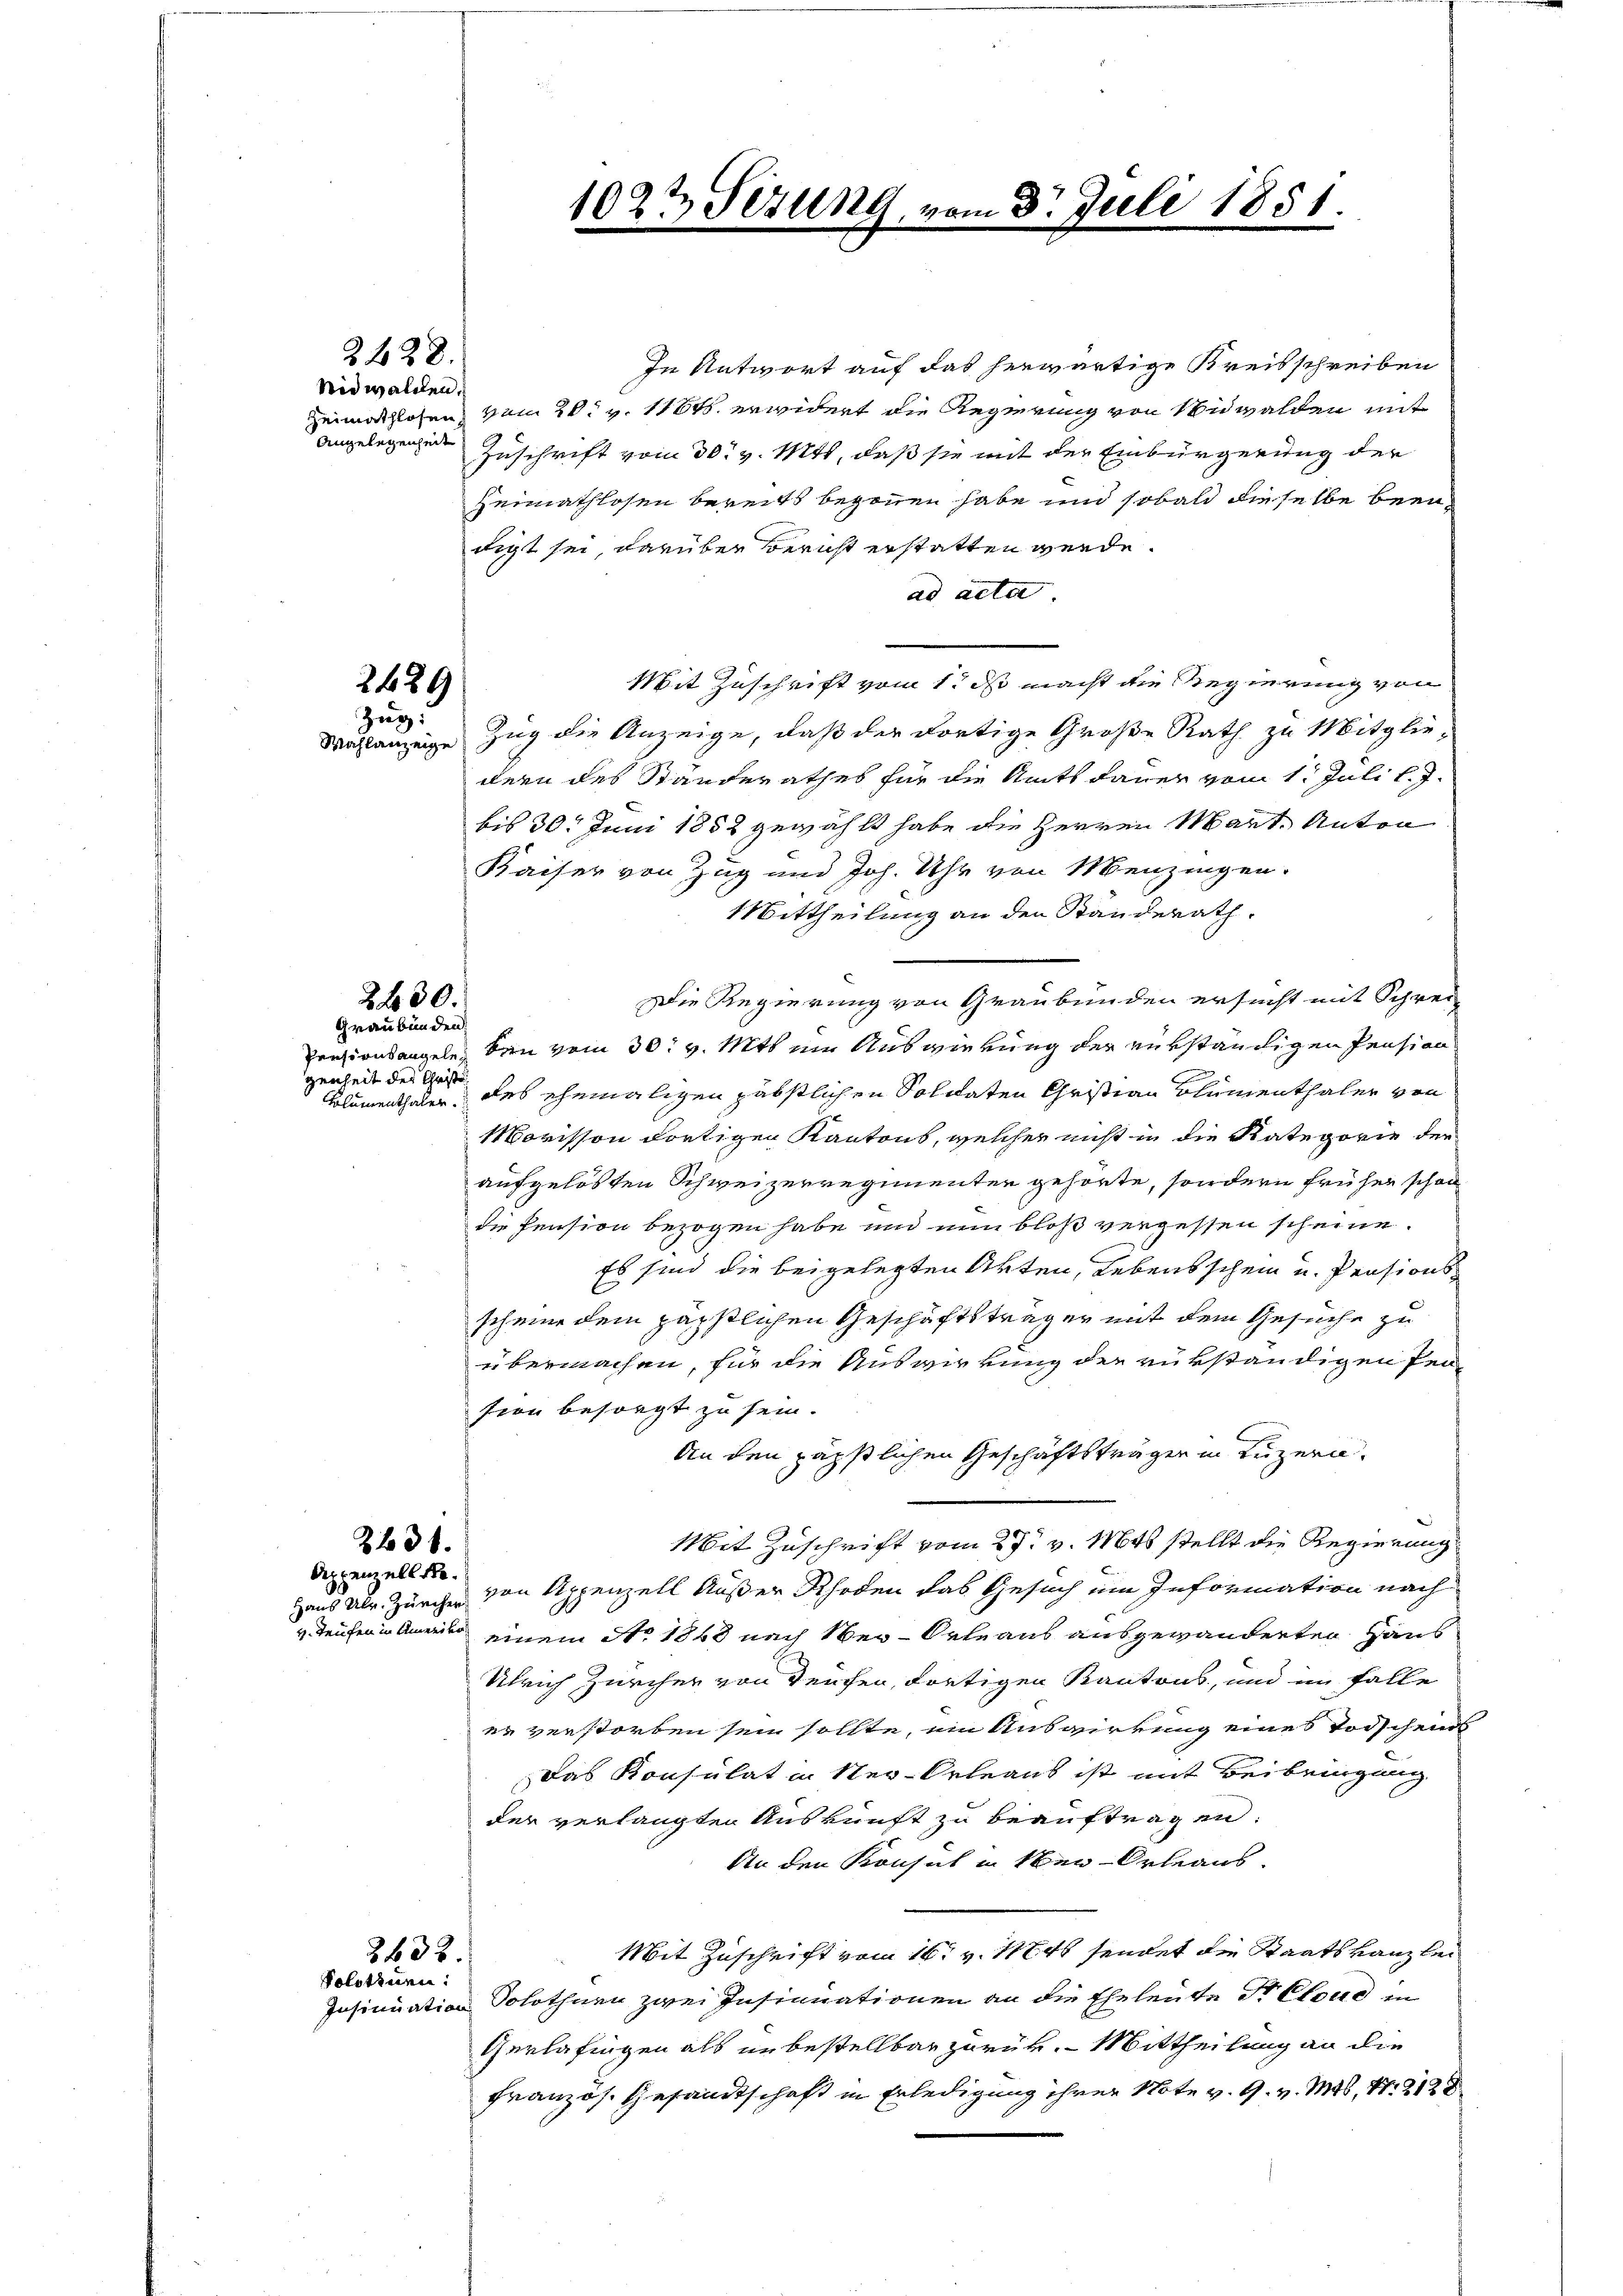
2428.

Nidwalchen,
Heimathlosen,
Angelegenheit

2489
Zug.

2430.

238.
Deppenzell de

Graubünden
genheit der Christe
Kolumenthaler.

In Antwort auf das herwärtige Kreisschreiben
vom 20. v. 11845 erwidert die Regierung von Niwalden mit
Zuschrift vom 30. v. Mtt, daß sie mit der Einbürgerung der
Heimathlosen bereits begonnen habe und sobald dieselbe beendigt sei, darüber bericht erstatten werde.
ad acta
Mit Zuschrift vom 1. ds macht die Regierung von
Wahlanzeige Zug die Anzeige, daß der dortige Große Rath zu Mitglie-
dern des Ständerathes für die Amts dauer vom 1. Juli l. J.
bis 30. Juni 1852 gewählt habe die Herren Mart. Anton
Kaiser von Zug und Joh. Uhr von Menzingen.
Mittheilung an den Standerath.
Die Regierung von Graubünden ersucht mit Schrei
Pensionsangeln, den vom 30. v. Mts. ein Auswierung der verständigen Pension
des ehemaligen päbstlichen Soldaten Christian Blumenthaler von
Morisson dortigen Kantons, welcher nicht in die Kategorie der
aufgelösten Schweizerregimenten gehörte, sondern früher schon
die Pension bezogen habe und nun bloß vergessen scheine.
Es sind die beigelegten Arten, Lebensschein und Pensionsschmer dem päpstlichen Geschäftsträger mit dem Gesuche zu
übermachen, für die Auswirkung der rükständigen Pen
sion besorgt zu sein.
An den päpstlichen Geschäftsträger in Luzern.
Mit Zuschrift vom 27. v. Mts stellt die Regierung
Haus Ulr. Zürcher von Appenzell Außer Rhoden das Gesuch ein Information nach
Teichen Amerin einem Ao 1848 nach Wer Orte aus ausgewanderten Haus
Ulrich Zürcher von Teuchen, dortigen Kantons, und im Falle
er verstorben sein sollte, ein Auswirkung eines Todschends
Das Konsulat in Neu-Orleans ist mit Beibringung
der verlangten Auskunft zu beauftragen:
An den Konsul in eben Orleans
Mit Zuschrift vom 16t v. 1846 sendet die Staatskanzlei
Insinuation Solothurn zwei Insinuationen an die Eheleute Dr Cloud in
Gerlafingen als unbestellbar zurück. Mittheilung an die
Französ. Gesandtschaft in Erledigung ihrer Note v. 9. v. Mts. S. 2128

2432.
Solotinen:

1022 Sezung
.

II

31. Juli 1851.
.